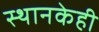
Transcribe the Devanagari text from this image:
स्थानकेही